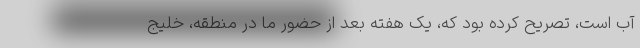
آب است، تصریح کرده بود که، یک هفته بعد از حضور ما در منطقه، خلیج